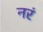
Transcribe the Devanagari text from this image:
नरं